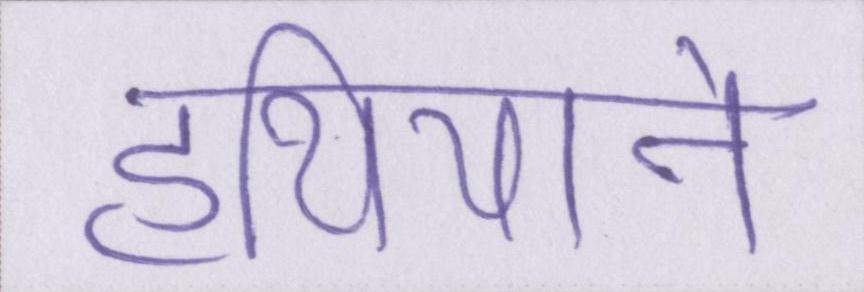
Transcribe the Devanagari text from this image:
हथियाने